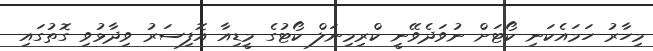
މިހާރު ހަމައެކަނި ކޯޓަށް ނުވަދެވޭނީ ކްރިމިނަލް ކޯޓުގެ މީޑިއާ އޮފިސަރު ވިދާޅުވި ގޮތުގައި